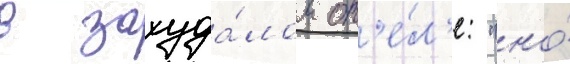
в захуда́лом от'е́л'е: "но́